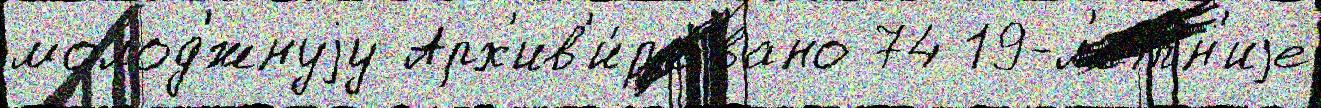
молод'́жнуjу Арх'ив'и́ровано 74 19-л'етн'иjе